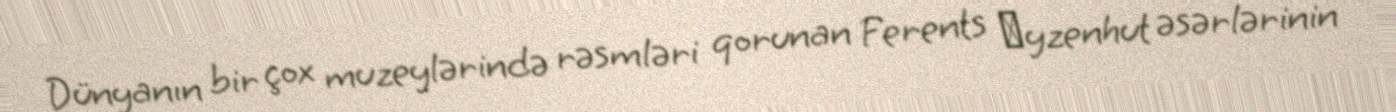
Dünyanın bir çox muzeylərində rəsmləri qorunan Ferents Аyzenhut əsərlərinin